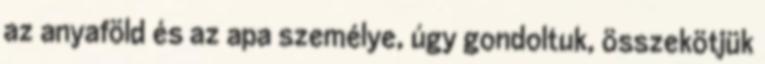
az anyaföld és az apa személye, úgy gondoltuk, összekötjük